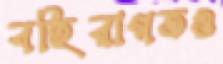
বহিরাগতও